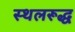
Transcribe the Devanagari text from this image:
स्थलरूद्ध